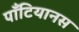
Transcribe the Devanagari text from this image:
पॉँटियानस